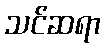
သင်ဆရာ